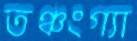
তঞ্চংগ্যা